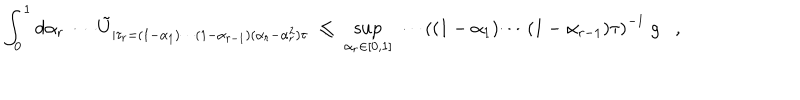
\int _ { 0 } ^ { 1 } d \alpha _ { r } \; \cdots \tilde { U } _ { | \tau _ { r } = ( 1 - \alpha _ { 1 } ) \cdots ( 1 - \alpha _ { r - 1 } ) ( \alpha _ { r } - \alpha _ { r } ^ { 2 } ) \tau } \; \leq \; \sup _ { \alpha _ { r } \in [ 0 , 1 ] } \; \cdots \left( ( 1 - \alpha _ { 1 } ) \cdots ( 1 - \alpha _ { r - 1 } ) \tau \right) ^ { - 1 } \; g ,